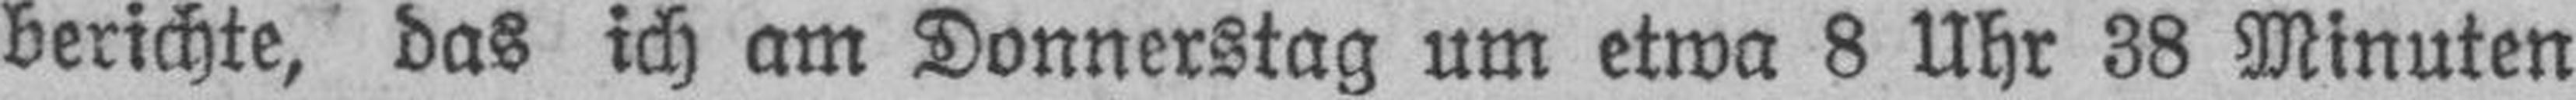
berichte, das ich am Donnerstag um etwa 8 Uhr 38 Minuten